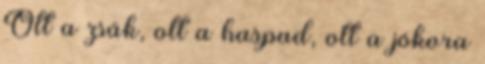
Ott a zsák, ott a haspad, ott a jókora